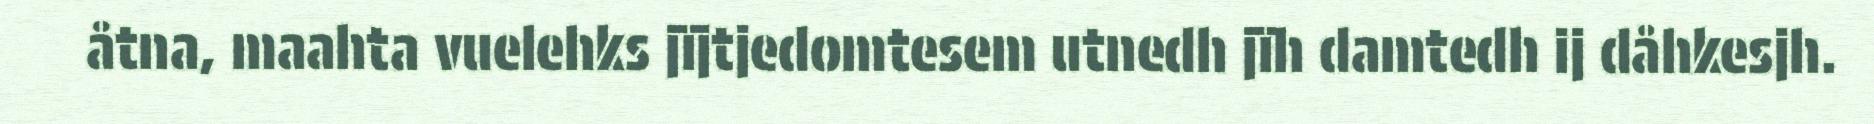
åtna, maahta vuelehks jïjtjedomtesem utnedh jïh damtedh ij dåhkesjh.